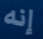
إنه